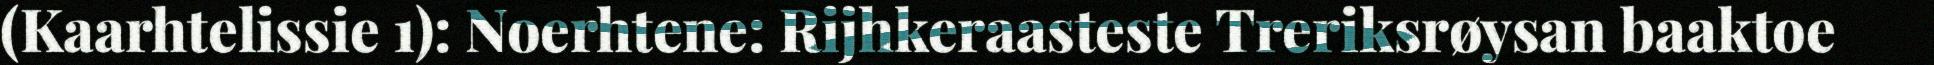
(Kaarhtelissie 1): Noerhtene: Rijhkeraasteste Treriksrøysan baaktoe